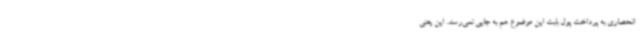
انحصاری به پرداخت پول بابت این موضوع هم به جایی نمی‌رسد. این یعنی